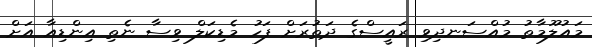
މައުލޫމާތު މުއްސަނދިވި ރައީސްގެ ދަތުރަށް ފަހު މެޑިކަލް ވިސާ ނެތި އިންޑިއާ އަށް